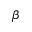
\beta